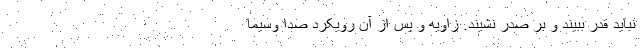
نباید قدر ببیند و بر صدر نشیند. زاویه و پس از آن رویکرد صدا وسیما